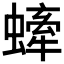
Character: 𧐤